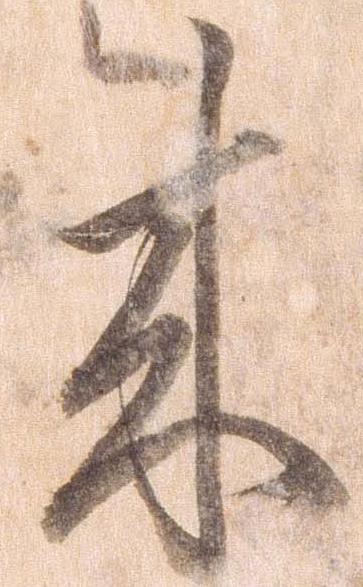
来